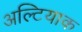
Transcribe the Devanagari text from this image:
अल्टियाक